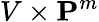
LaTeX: V\times\mathbf{P}^{m}